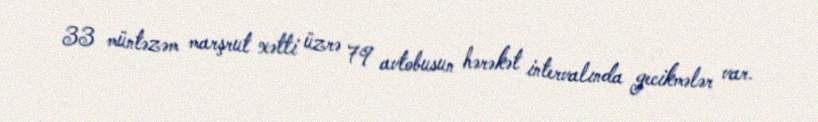
33 müntəzəm marşrut xətti üzrə 79 avtobusun hərəkət intervalında gecikmələr var.